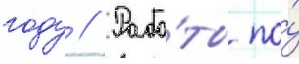
году // Рабо́ты по́